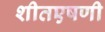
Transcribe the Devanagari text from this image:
शीतएषणी